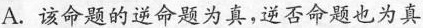
A.该命题的逆命题为真，逆否命题也为真